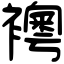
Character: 𧞄